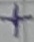
Text: +